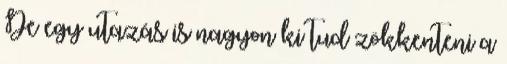
De egy utazás is nagyon ki tud zökkenteni a